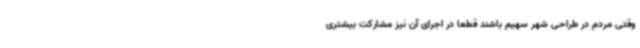
وقتی مردم در طراحی شهر سهیم باشند قطعاً در اجرای آن نیز مشارکت بیشتری